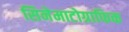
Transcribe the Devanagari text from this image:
सिनेमाटोग्राफिक